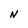
Character: N